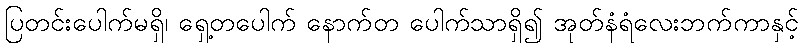
ပြတင်းပေါက်မရှိ၊ ရှေ့တပေါက် နောက်တ ပေါက်သာရှိ၍ အုတ်နံရံလေးဘက်ကာနှင့်